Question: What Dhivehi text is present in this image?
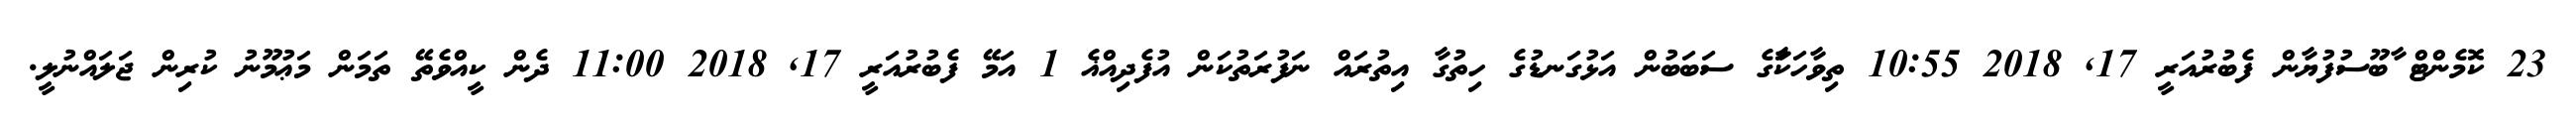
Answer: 23 ކޮމެންޓް ާބޫސުފުޔާން ފެބުރުއަރީ 17, 2018 10:55 ތިވާހަކާަގެ ސަބަބުން އަޅުގަނޑުގެ ހިތުގާ އިތުރައް ނަފުރަތުކަން އުފެދިއްޣެ 1 އަމޭ ފެބުރުއަރީ 17, 2018 11:00 ދެން ކީއްވެތޭ ތަމަން މަޢުމޫނު ކުރިން ޖަލައްނުލީ.